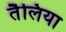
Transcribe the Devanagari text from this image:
तैलिया